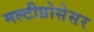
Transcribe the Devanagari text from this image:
मल्टीप्रोसेसर